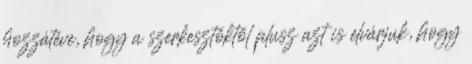
hozzátéve, hogy a szerkesztőktől plusz azt is elvárjuk, hogy